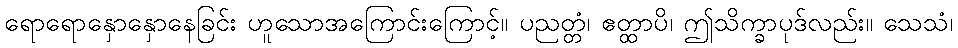
ရောရောနှောနှောနေခြင်း ဟူသောအကြောင်းကြောင့်။ ပညတ္တံ၊ ဧတ္ထာပိ၊ ဤသိက္ခာပုဒ်လည်း။ သေသံ၊